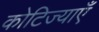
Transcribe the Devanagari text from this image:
कोटिज्याएँ